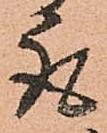
取